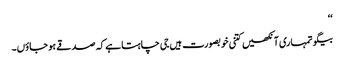
‘‘
بیگو تمہاری آنکھیں کتنی خوبصورت ہیں جی چاہتا ہے کہ صدقے ہو جاؤں۔